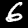
Label: 6